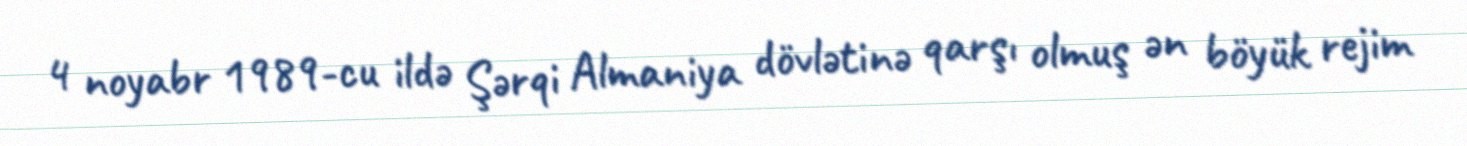
4 noyabr 1989-cu ildə Şərqi Almaniya dövlətinə qarşı olmuş ən böyük rejim